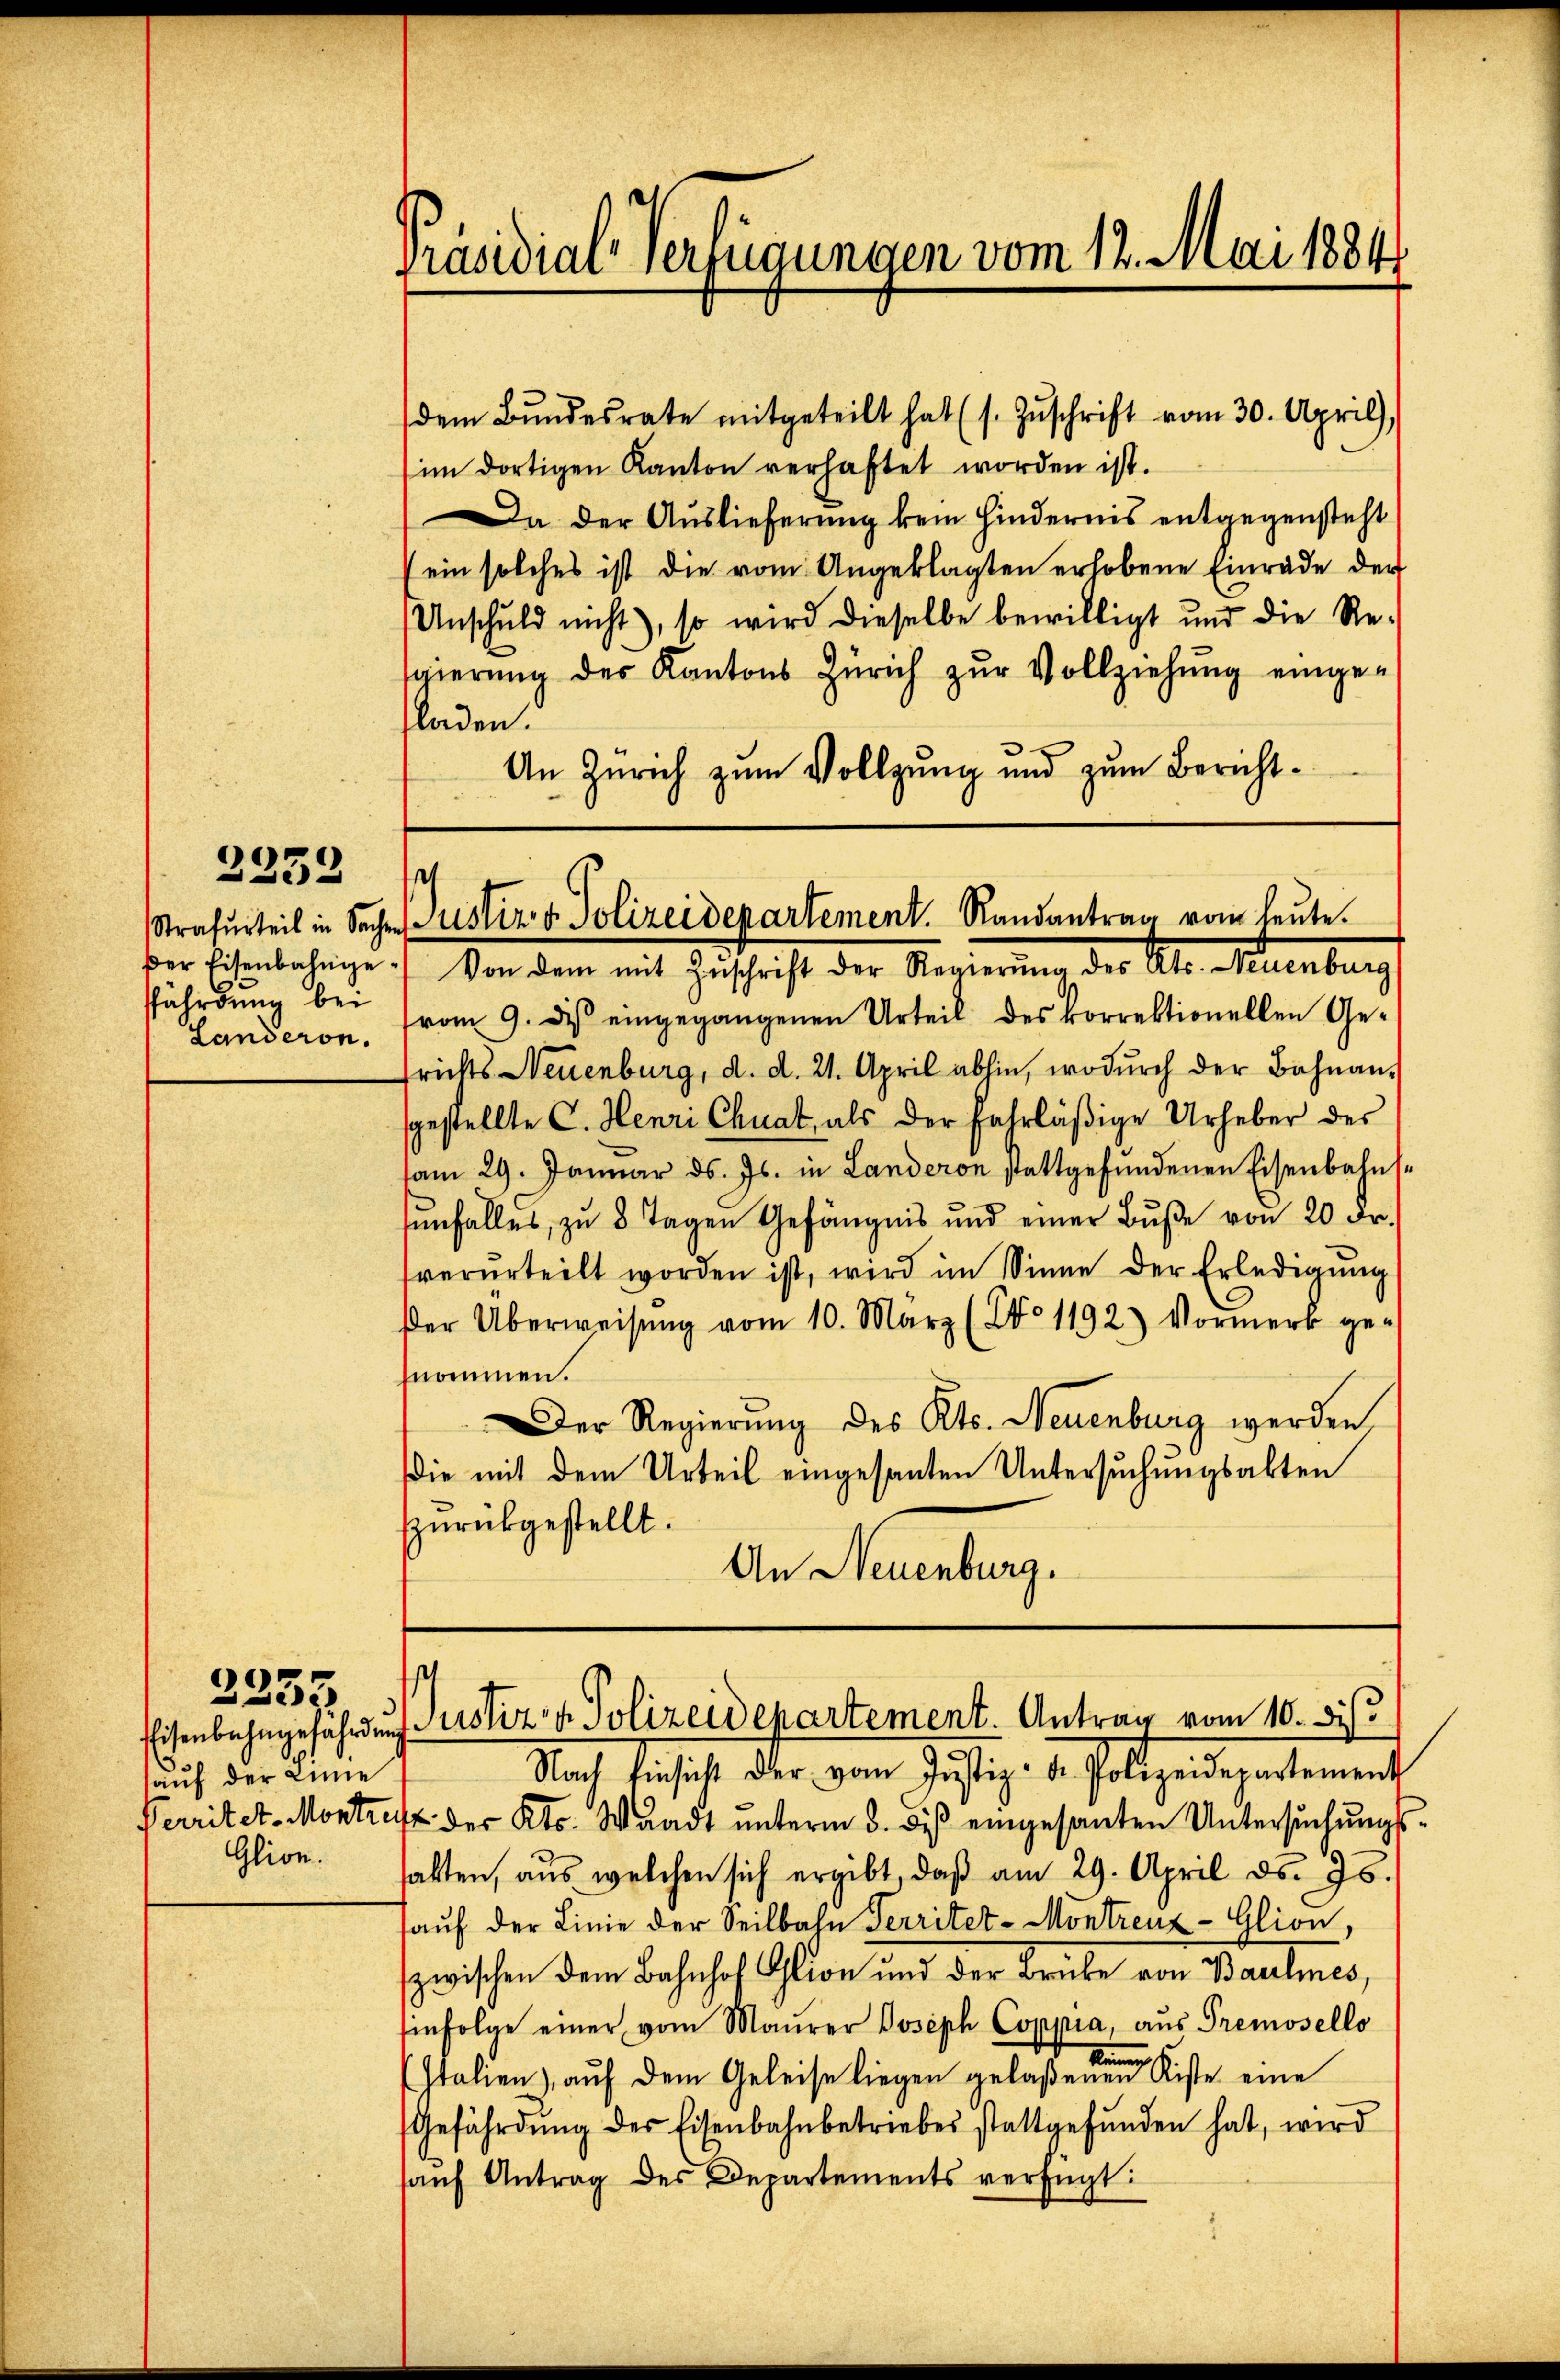
2232

fährdung bei
Landeron.

auf der Linie
Glion.

3235

dem Bŭndesrate mitgeteilt hat (s. Zŭschrift vom 30. April),
im dortigen Kanton verhaftet worden ist.
Da der Auslieferung kein Hindernis entgegensteht
(ein solches ist die vom Angeklagten erhobene Einrade der
Unschuld nicht), so wird dieselbe bewilligt und die Re-
sgierŭng des Kantons Zürich zŭr Vollziehŭng einge-
fladen.
An Zürich zum Vollzung und zum Bericht¬

ber Eisenbahnge.) Von dem mit Zuschrift der Regierung der Alt-Seuenburg
vom 9. d. eingegangenen Urteil des korrektionellen Ge-
richts Neuenburg, d. d. 21. April abhin, wodŭrch der Bahnan-
sgestellte C. Henri Chuat, als der fahrläβige Urheber des
am 29. Januar d. Js. in Landeron stattgefŭndenen Eisenbahns-
enfalles, zu 8 Tagen Gefängnis und einer Bŭβe von 20 Fr.
verurteilt worden ist, wird im Sinne der Erledigŭng
Der Überweisŭng vom 10. März (No 1192) Vormerk ge-
nommen.
Der Regierung des Kts. Neuenburg werden
die mit dem Urteil eingesanten Untersuchungsakten
zurückgestellt.
An Neuenburg.

Präsidial-Verfügungen vom 12. Mai 1884

s
Strafurteil in Sachen ustiz & Polizeidepartement. Randantrag vom heute.

Eisenbahngefährdung Justiz- u. Polizeidepartement. Antrag vom 10. bis

Nach Einsicht der vom Justiz- u. Polizeidepartement
Perritet. Montre der Kts. Waadt ŭnterm 3. diβ eingesanten Untersŭchŭngs-
alten, aus welchen sich ergibt, daβ am 29. April ds. 26.
auf der Linie der Seilbahn Territer-Montrenz-Glion,
zwischen dem Bahnhof Glion und der Brücke von Baumes,
Einfolge einer vom Maŭrer Joseph Coppia, aŭs Premovello
ke
Italien), aŭf dem Geleise liegen gelaßenen Kiste eine
Gefährdŭng des Eisenbahnbetriebes stattgefŭnden hat, wird
aŭf Antrag des Departements verfügt: